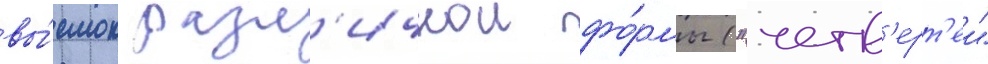
вы́емок разл'ичнои фо́рмы ("четв'ерт'еи"